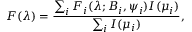
F ( \lambda ) = \frac { \sum _ { i } F _ { i } ( \lambda ; B _ { i } , \psi _ { i } ) I ( \mu _ { i } ) } { \sum _ { i } I ( \mu _ { i } ) } ,